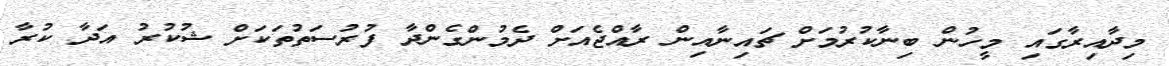
މިދާއިރާގައި މީހުން ބިނާކުރުމަށް ޗައިނާއިން ރާއްޖެއަށް ދެމުންގެންދާ ފުރުސަތުތަކަށް ޝުކުރު އަދާ ކުރާ